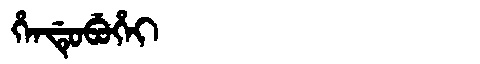
Manchu: ᡥᡝᠨᡩᡠᠪᡠᡥᡝᡳ
Romanization: HENDUBUHEI